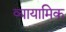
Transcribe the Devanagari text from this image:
व्यायामिक